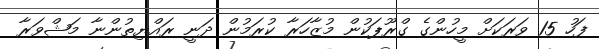
ފަހު 15 ވަރަކަށް މީހުންގެ ގްރޫޕަކުން މުޒާހަރާ ކުރަމުން ދަނީ ރައްޔިތުންނާ މަޝްވަރާ